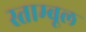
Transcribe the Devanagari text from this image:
स्ताम्बूल